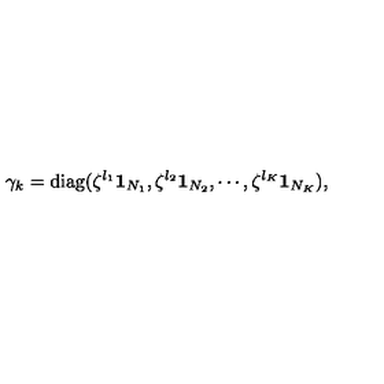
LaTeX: \gamma _ { k } = \mathrm { d i a g } ( \zeta ^ { l _ { 1 } } { \bf 1 } _ { N _ { 1 } } , \zeta ^ { l _ { 2 } } { \bf 1 } _ { N _ { 2 } } , \cdots , \zeta ^ { l _ { K } } { \bf 1 } _ { N _ { K } } ) ,